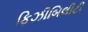
ફિઝીબિલીટી